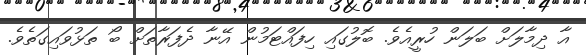
އާ ދިމާލަށް ބަލަން ހުރީއެވެ. ބޮލުގައި ހިފައްޓަމުން އޭނާ ދެފަރާތަށް ބޯ ތަޅުވައިގަތެވެ.